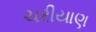
ચરીયાણ